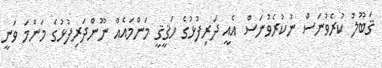
ޤަބޫލު ކުރެވުނަސް ނުކުރެވުނަސް އެއީ ދަރިފުޅުގެ ހަޤީޤީ މަންމައެއް ނޫންދަރިފުޅުގެ މަންމަ ވަނީ